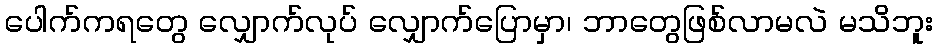
ပေါက်ကရတွေ လျှောက်လုပ် လျှောက်ပြောမှာ၊ ဘာတွေဖြစ်လာမလဲ မသိဘူး